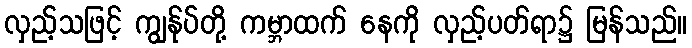
လှည့်သဖြင့် ကျွန်ုပ်တို့ ကမ္ဘာထက် နေကို လှည့်ပတ်ရာ၌ မြန်သည်။